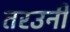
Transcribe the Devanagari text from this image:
तरउनी